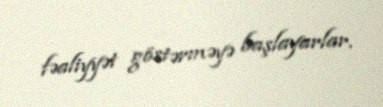
fəaliyyət göstərməyə başlayarlar.